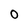
Character: 0